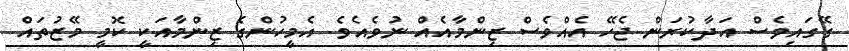
ގޭގައިވެސް އަދާކުރަން ޖެހޭ އެއްވެސް ޒިންމާއެއް ނުވެއެވެ. އެމީހުންގެ ޒިންމާއަކީ ކޮމީ މޭޒުތައް